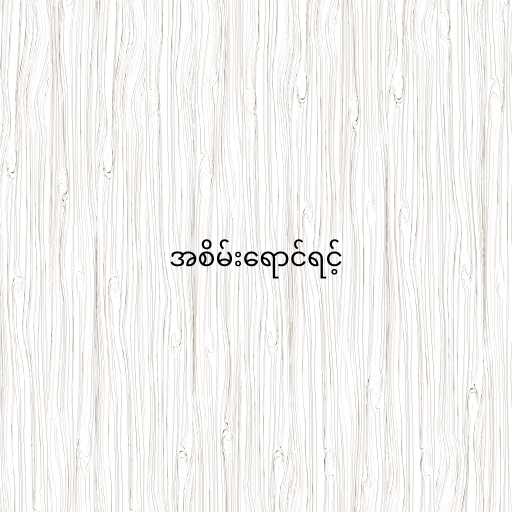
အစိမ်းရောင်ရင့်